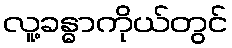
လူ့ခန္ဓာကိုယ်တွင်